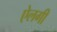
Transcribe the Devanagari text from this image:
ऐलगी